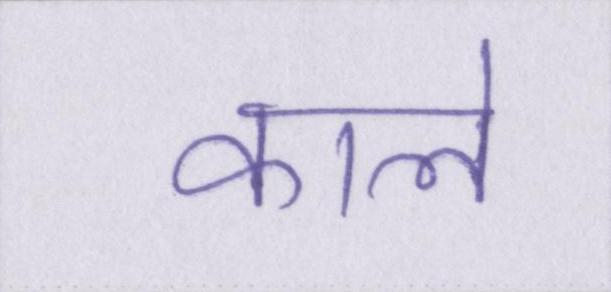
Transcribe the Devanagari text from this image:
काले